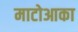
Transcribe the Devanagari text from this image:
माटोआका